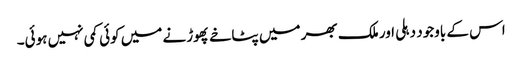
اس کے باوجود دہلی اور ملک بھر میں پٹاخے پھوڑنے میں کوئی کمی نہیں ہوئی۔